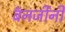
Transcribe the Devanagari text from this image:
बॅनर्जीनी